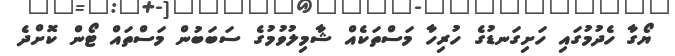
ޔޯގާ ހެދުމުގައި ހަށިގަނޑުގެ ހުރިހާ މަސްތަކެއް ޝާމިލުވުމުގެ ސަބަބުން މަސްތައް ޓޯން ކޮށްދެ